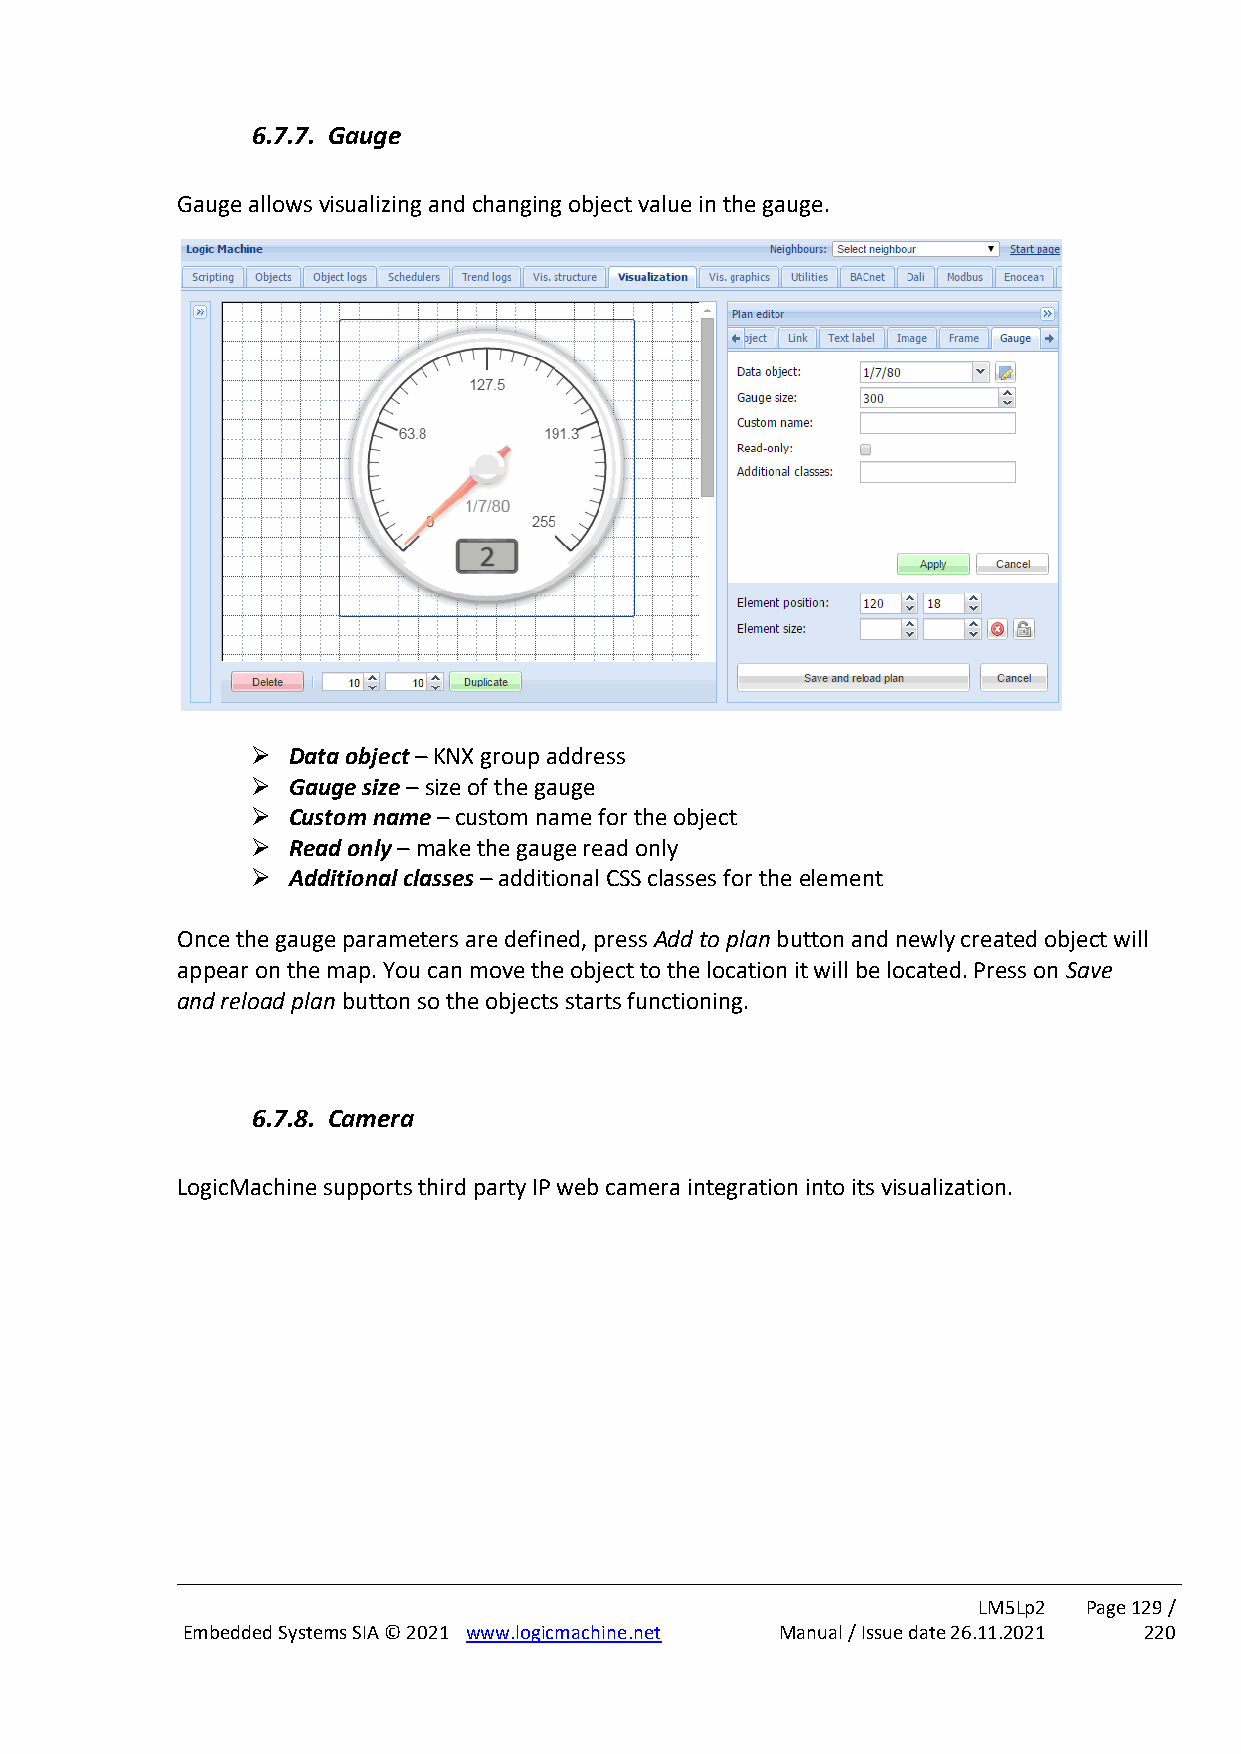
6.7.7. Gauge
 Gauge allows visualizing and changing object value in the gauge.
 ➢ Data object – KNX group address
 ➢ Gauge size – size of the gauge
 ➢ Custom name – custom name for the object
 ➢ Read only – make the gauge read only
 ➢ Additional classes – additional CSS classes for the element
 Once the gauge parameters are defined, press Add to plan button and newly created object will
 appear on the map. You can move the object to the location it will be located. Press on Save
 and reload plan button so the objects starts functioning.
 6.7.8. Camera
 LogicMachine supports third party IP web camera integration into its visualization.
 LM5Lp2 Page 129 /
 Embedded Systems SIA © 2021 www.logicmachine.net Manual / Issue date 26.11.2021 220